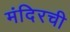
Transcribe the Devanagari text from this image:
मंदिरची